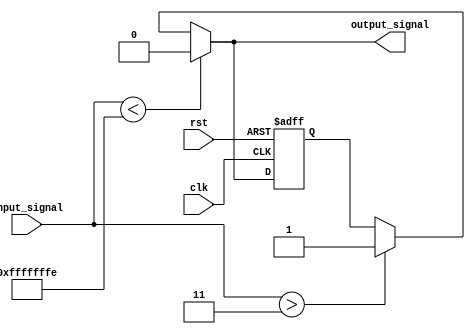
module schmitt_trigger_buffer (
    input wire clk,
    input wire rst,
    input wire input_signal,
    output reg output_signal
);

reg last_state;
reg present_state;

parameter THRESHOLD_LOW = 0;
parameter THRESHOLD_HIGH = 1;
parameter HYSTERESIS = 2;

always @(posedge clk or posedge rst) begin
    if (rst) begin
        last_state <= 0;
    end else begin
        last_state <= present_state;
    end
end

always @* begin
    if (input_signal < THRESHOLD_LOW - HYSTERESIS) begin
        present_state = 0;
    end else if (input_signal > THRESHOLD_HIGH + HYSTERESIS) begin
        present_state = 1;
    end else begin
        present_state = last_state;
    end
end

assign output_signal = present_state;

endmodule